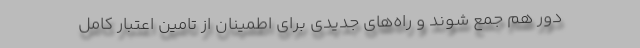
دور هم جمع شوند و راه‌های جدیدی برای اطمینان از تامین اعتبار کامل